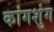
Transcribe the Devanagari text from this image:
कांगशुंग